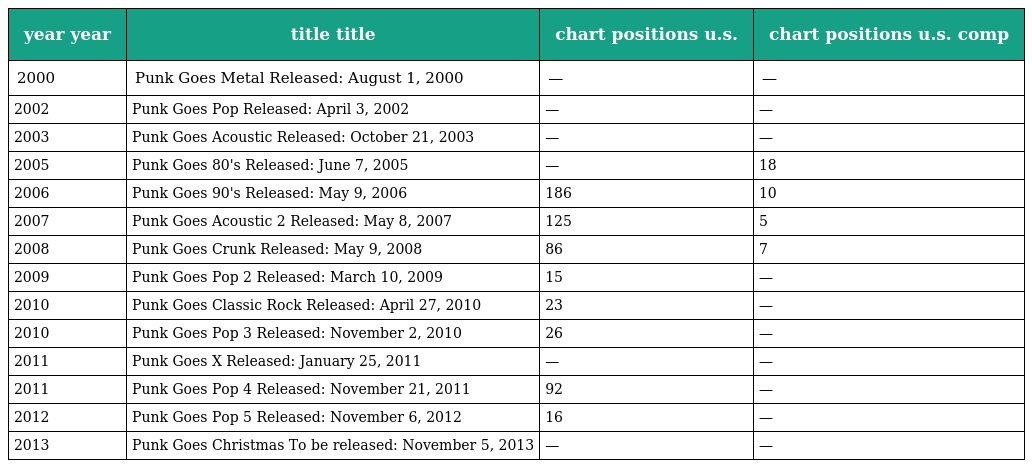
| year year | title title | chart positions u.s. | chart positions u.s. comp |
 | --- | --- | --- | --- |
 | 2000 | Punk Goes Metal Released: August 1, 2000 | — | — |
 | 2002 | Punk Goes Pop Released: April 3, 2002 | — | — |
 | 2003 | Punk Goes Acoustic Released: October 21, 2003 | — | — |
 | 2005 | Punk Goes 80's Released: June 7, 2005 | — | 18 |
 | 2006 | Punk Goes 90's Released: May 9, 2006 | 186 | 10 |
 | 2007 | Punk Goes Acoustic 2 Released: May 8, 2007 | 125 | 5 |
 | 2008 | Punk Goes Crunk Released: May 9, 2008 | 86 | 7 |
 | 2009 | Punk Goes Pop 2 Released: March 10, 2009 | 15 | — |
 | 2010 | Punk Goes Classic Rock Released: April 27, 2010 | 23 | — |
 | 2010 | Punk Goes Pop 3 Released: November 2, 2010 | 26 | — |
 | 2011 | Punk Goes X Released: January 25, 2011 | — | — |
 | 2011 | Punk Goes Pop 4 Released: November 21, 2011 | 92 | — |
 | 2012 | Punk Goes Pop 5 Released: November 6, 2012 | 16 | — |
 | 2013 | Punk Goes Christmas To be released: November 5, 2013 | — | — |